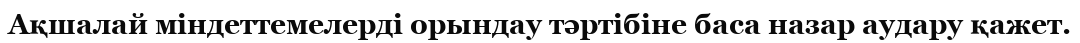
Ақшалай міндеттемелерді орындау тәртібіне баса назар аудару қажет.